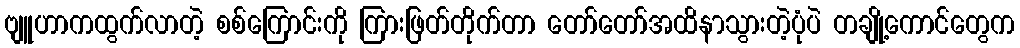
ဗျူဟာကထွက်လာတဲ့ စစ်ကြောင်းကို ကြားဖြတ်တိုက်တာ တော်တော်အထိနာသွားတဲ့ပုံပဲ တချို့ကောင်တွေက